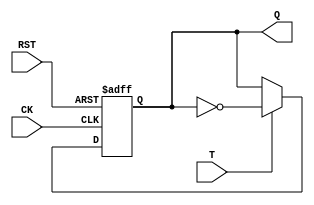
module libhdl_tffN
#(  parameter N = 1)
(   input  wire         CK,
    input  wire         RST,
    input  wire [N-1:0] T,
    output reg  [N-1:0] Q);

always @ (posedge CK, posedge RST)
    if (RST == 1'b1)
        Q <= 1'b0;
    else if (T == 1'b1)
        Q <= ~Q;

endmodule